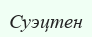
Суэцтен